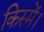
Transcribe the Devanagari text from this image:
किस्में।